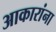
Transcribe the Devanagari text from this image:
आकारांना